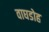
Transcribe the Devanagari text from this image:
वाघडोह